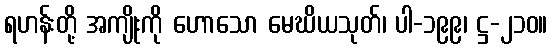
ရဟန်းတို့ အကျိုးကို ဟောသော မေဃိယသုတ်၊ ပါ-၁၉၉၊ ဋ္ဌ-၂၁၀။